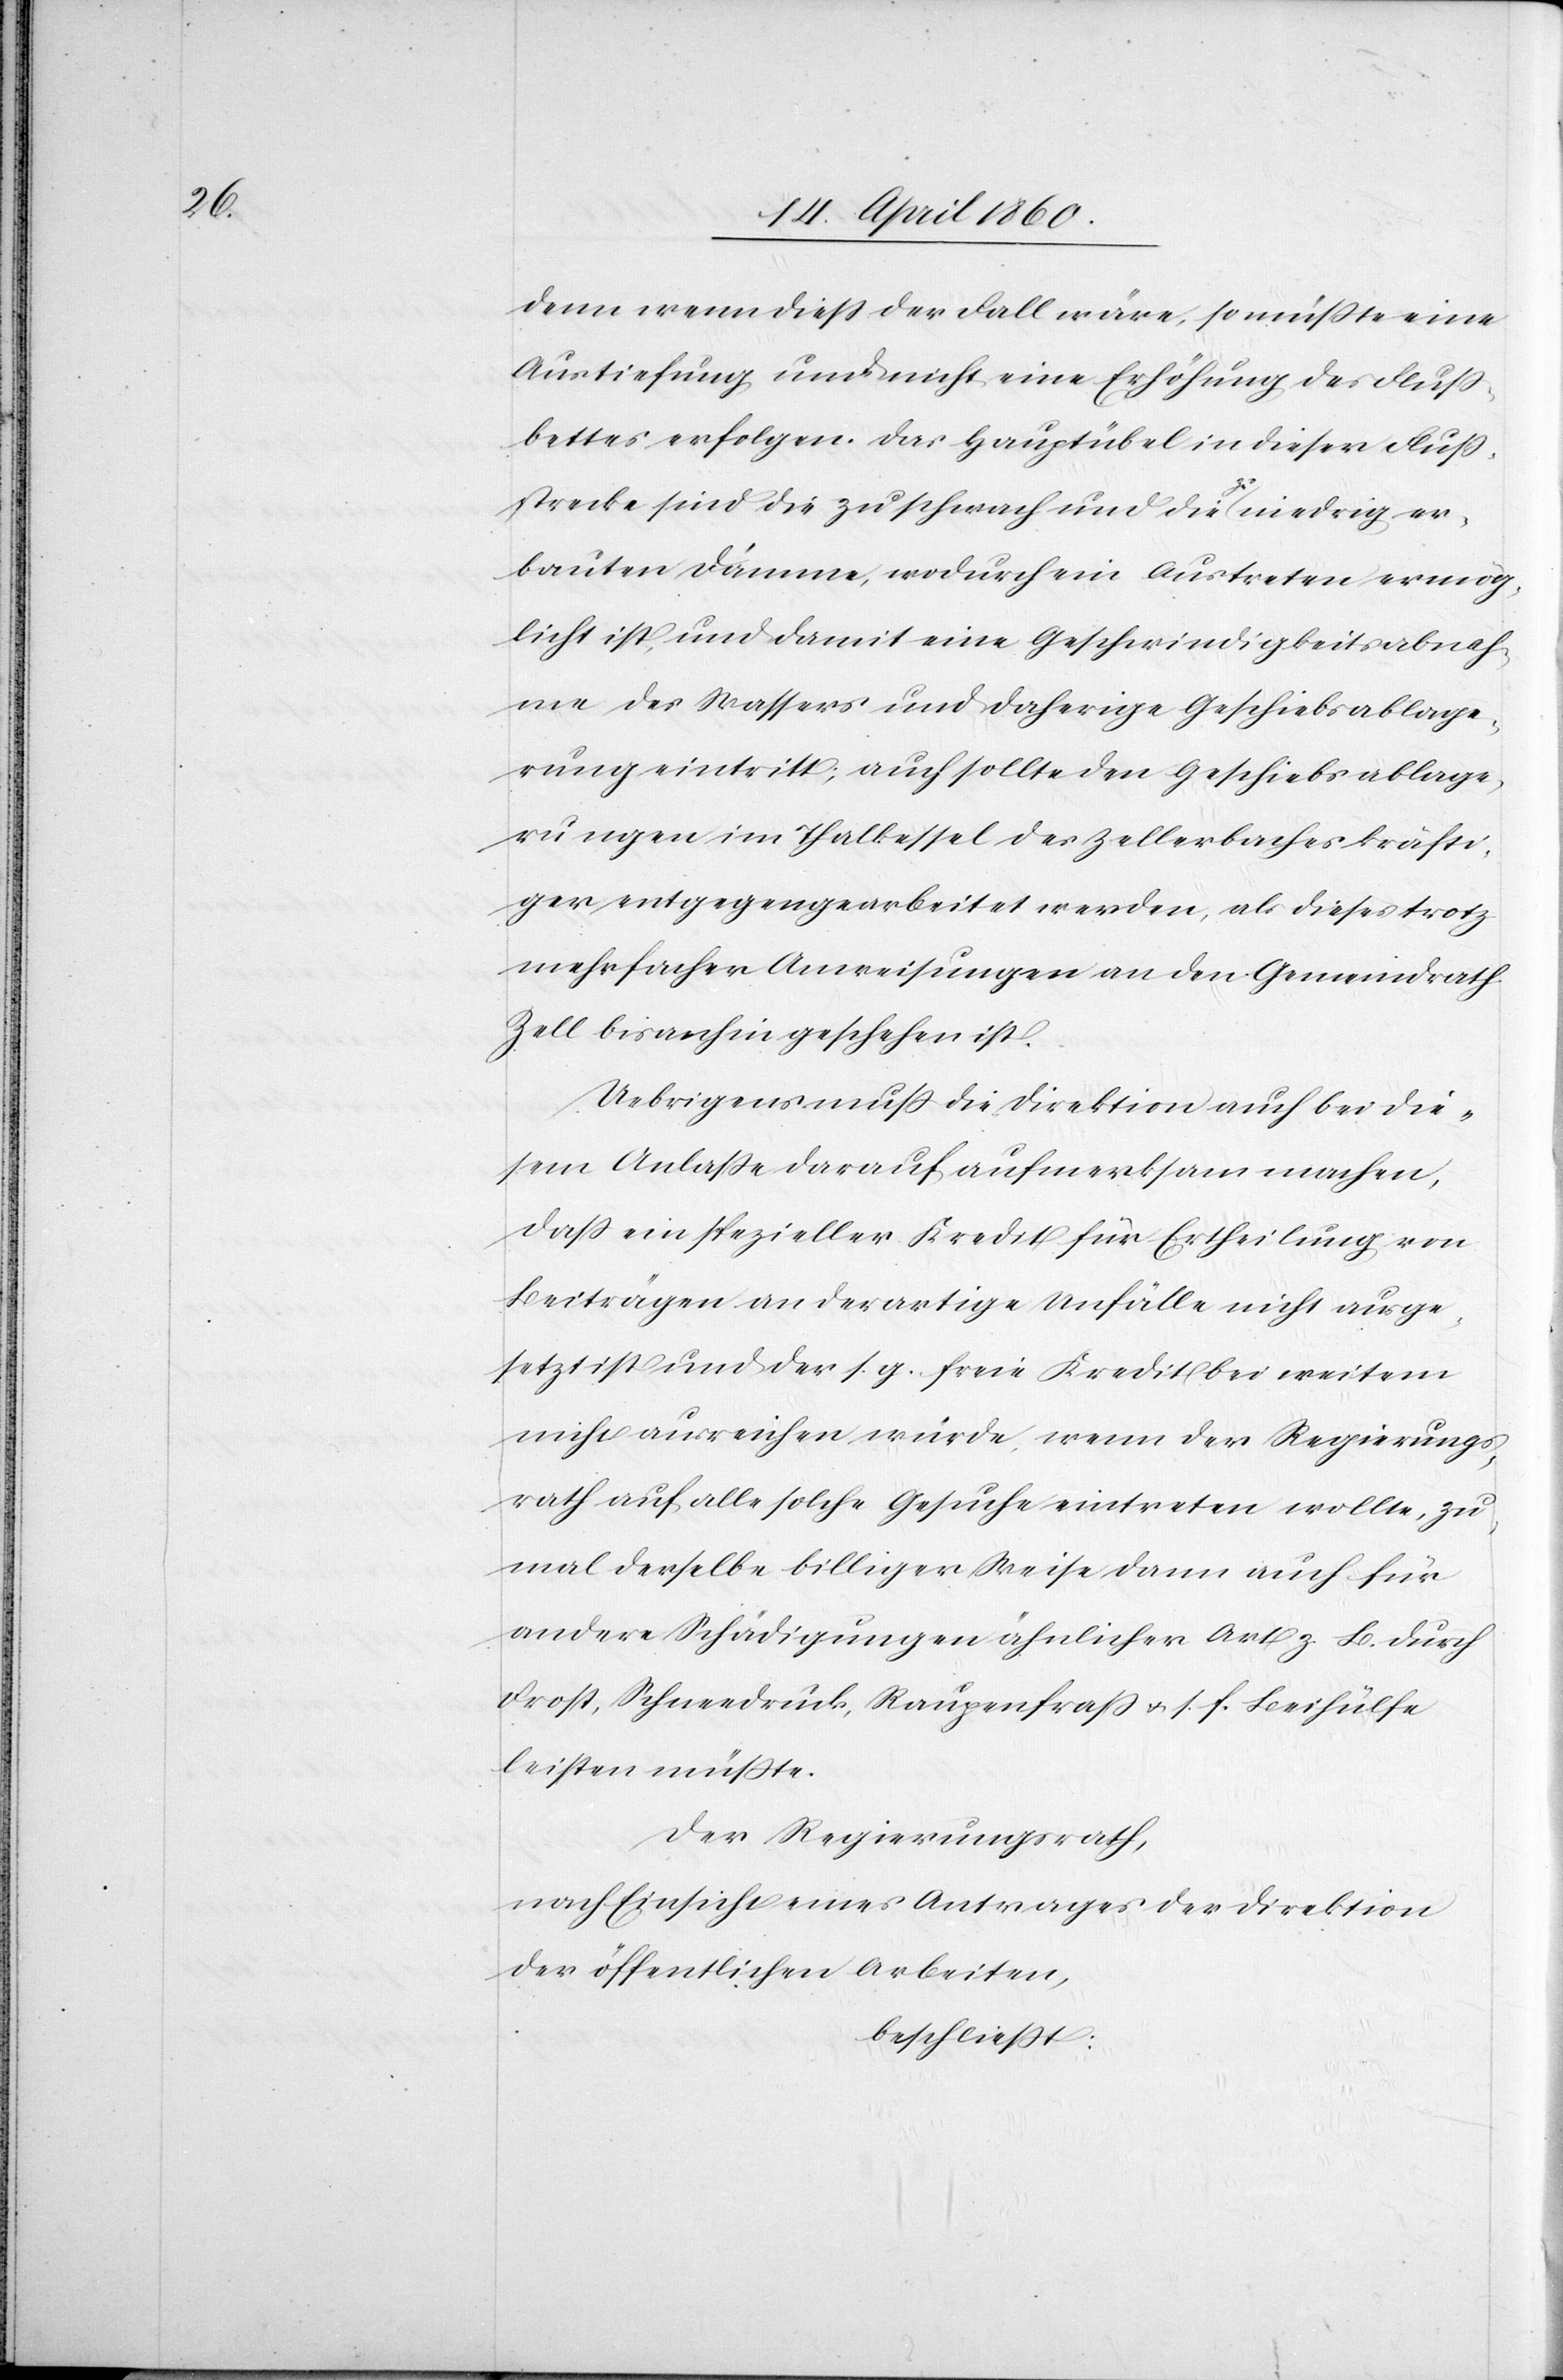
denn wenn diess der Fall wäre, so müsste eine
Austiefung und nicht eine Erhöhung des Fluß¬
bettes erfolgen. Das Hauptübel in dieser Fluss¬
strecke sind die zu schwach und die zu niedrig er¬
bauten Dämme, wodurch ein Austreten ermög¬
licht ist, und damit eine Geschwindigkeitsabnah¬
me des Wassers und daherige Geschiebsablage¬
rungen im Thalkessel des Zellerbaches kräfti¬
ger entgegengearbeitet werden, als dieses trotz
mehrfacher Anweisungen an den Gemeindrath
Zell bis anhin geschehen ist.
Uebrigens muss die Direktion auch bei die¬
sem Anlasse darauf aufmerksam machen,
dass ein spezieller Kredit für Ertheilung von
Beiträgen an derartige Unfälle nicht ausge¬
setzt ist und der s. g. freie Kredit bei weitem
nicht ausreichen würde, wenn der Regierungs¬
rath auf alle solche Gesuche eintreten wollte, zu¬
mal derselbe billiger Weise dann auch für
andere Schädigungen ähnlicher Art z. B. durch
Frost, Schneedruck, Raupenfrass u. s. f. Beihülfe
leisten müsste.
Der Regierungsrath,
nach Einsicht eines Antrages der Direktion
der öffentlichen Arbeiten,
beschliesst.